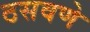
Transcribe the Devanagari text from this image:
ठसवणे